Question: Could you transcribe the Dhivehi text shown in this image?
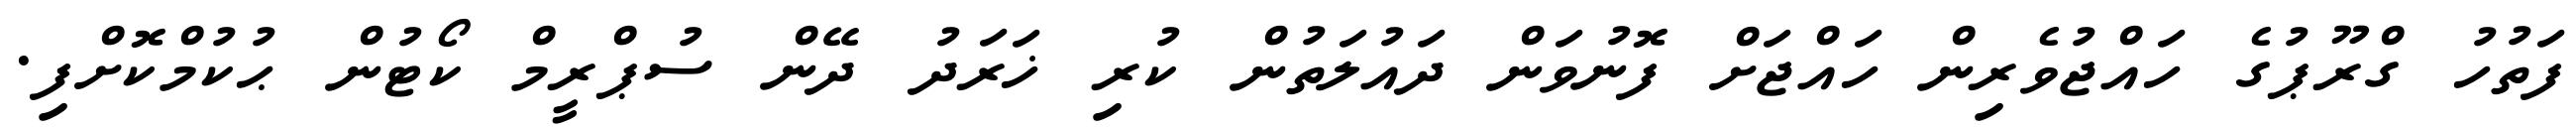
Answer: ފަތުހު ގްރޫޕުގެ ހައްޖުވެރިން ހައްޖަށް ފޮނުވަން ދައުލަތުން ކުރި ޚަރަދު ދޭން ސުޕްރީމް ކޯޓުން ޙުކުމްކޮށްފި.